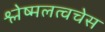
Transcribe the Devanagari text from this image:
श्लेष्मलत्वचेस